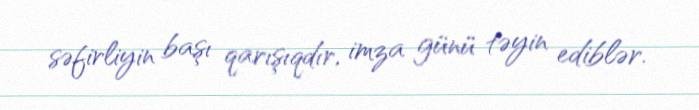
səfirliyin başı qarışıqdır, imza günü təyin ediblər.